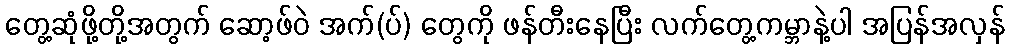
တွေ့ဆုံဖို့တို့အတွက် ဆော့ဖ်ဝဲ အက်(ပ်) တွေကို ဖန်တီးနေပြီး လက်တွေ့ကမ္ဘာနဲ့ပါ အပြန်အလှန်